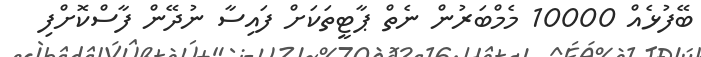
ބޭފުޅެއް 10000 މެމްބަރުން ނެތް ޕާޓީތަކަށް ފައިސާ ނުދޭން ފާސްކޮށްފި